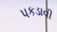
પકડાવી